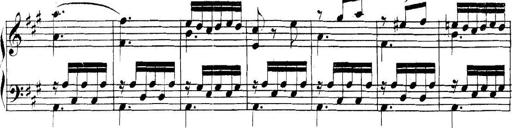
Title: Collected Piano Sonatas
Composer: Muzio Clementi